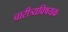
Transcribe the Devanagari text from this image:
चारीत्र्यविषयक